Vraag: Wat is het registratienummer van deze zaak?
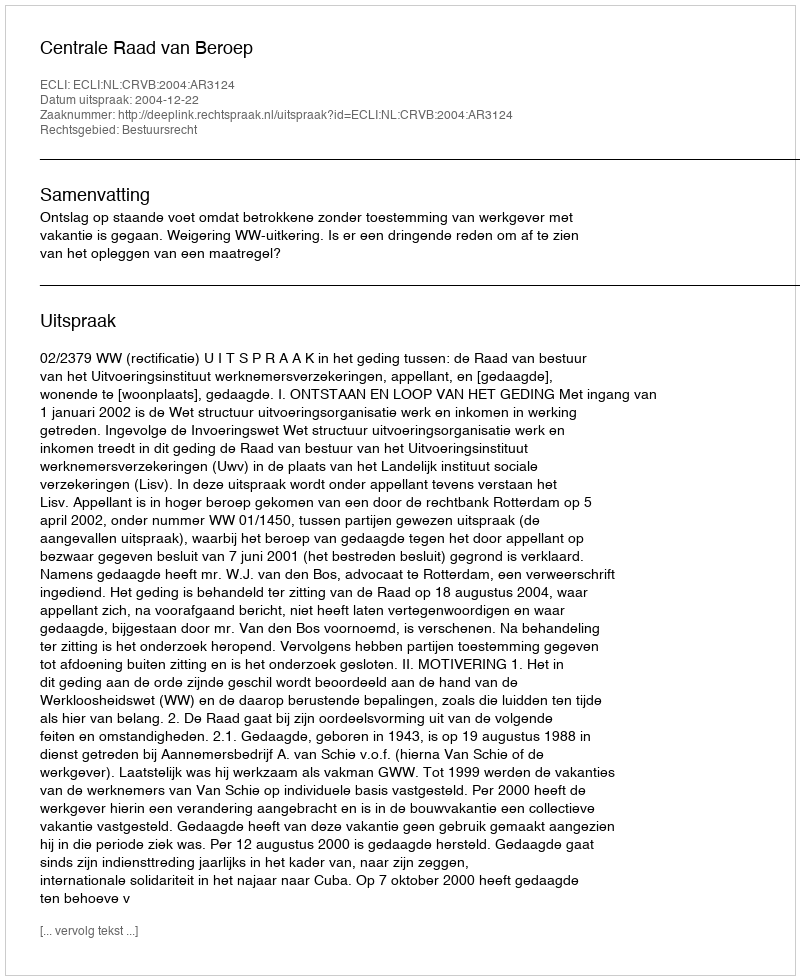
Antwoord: http://deeplink.rechtspraak.nl/uitspraak?id=ECLI:NL:CRVB:2004:AR3124